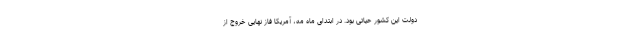
دولت این کشور حیاتی بود. در ابتدای ماه مه، آمریکا فاز نهایی خروج از